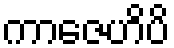
ကာဇေဟိပိ